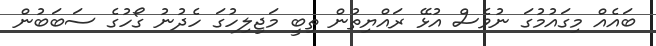
ބައެއް މިގައުމުގަ ނުވެސް އުޅޭ ރައްޔިތުން ތިބީ މަޖިލިހުގަ ހެދުނު ގޯހުގެ ސަބަބުން